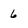
Character: 6